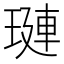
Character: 𬍻